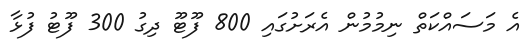
އެ މަސައްކަތް ނިމުމުން އެރަށުގައި 800 ފޫޓޫ ދިގު 300 ފޫޓު ފުޅާ